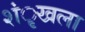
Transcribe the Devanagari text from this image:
शंृखला